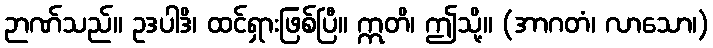
ဉာဏ်သည်။ ဥဒပါဒိ၊ ထင်ရှားဖြစ်ပြီ။ ဣတိ၊ ဤသို့။ (အာဂတံ၊ လာသော၊)